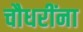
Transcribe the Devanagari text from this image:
चौधरींना